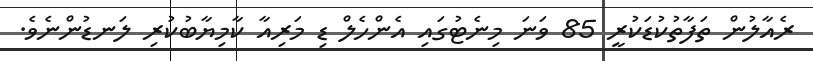
ރެއާލުން ތަފާތުކުޑަކުރީ 85 ވަނަ މިނެޓުގައި އެންހެލް ޑި މަރިއާ ކާމިޔާބުކުރި ލަނޑުންނެވެ.